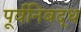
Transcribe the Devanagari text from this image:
पूर्वनिबद्ध